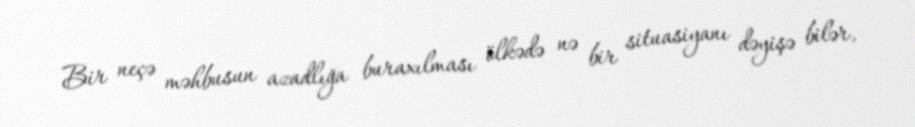
Bir neçə məhbusun azadlığa buraxılması ölkədə nə bir situasiyanı dəyişə bilər,